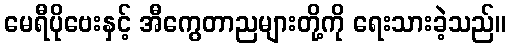
မေရီပိုဗေးနှင့် အီကွေတာညများတို့ကို ရေးသားခဲ့သည်။